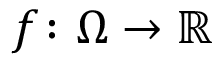
f \colon \Omega \to \mathbb { R }